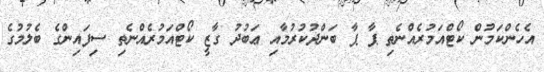
އެހެންކަމުން ކޯޓްއަމުރެއްނެތި ޕާ ޕާ ބަންދުކުރުމާއި ޢަބުދު ގާޒީ ކޯޓްއަމުރެއްނެތި ސިފައިންގެ ބެލުމުގެ